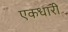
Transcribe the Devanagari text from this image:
एकधारी